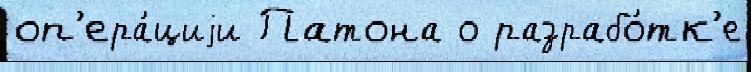
оп'ера́циjи Патона о разрабо́тк'е